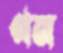
গন